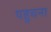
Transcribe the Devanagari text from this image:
पहुचना